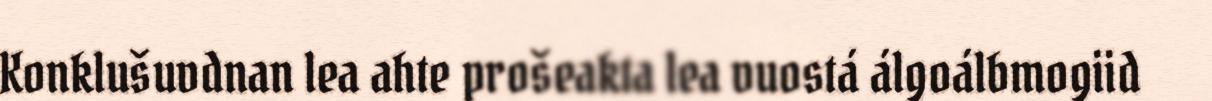
Konklušuvdnan lea ahte prošeakta lea vuostá álgoálbmogiid